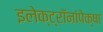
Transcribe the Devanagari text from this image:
इलेक्ट्रॉनांपेक्षा